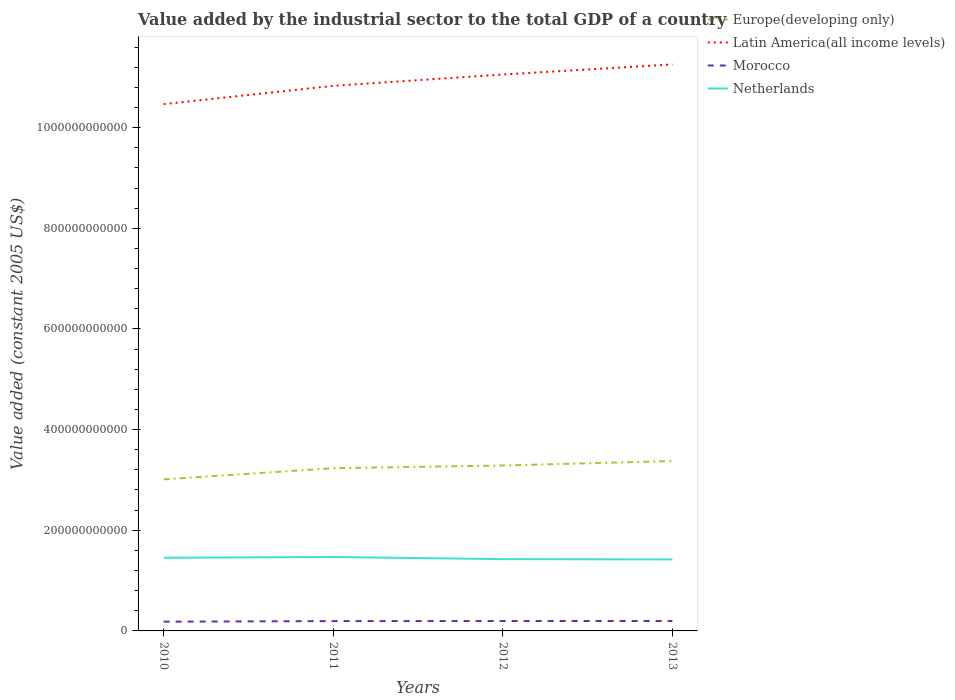
| Years | Europe(developing only) | Latin America(all income levels) | Morocco | Netherlands |
 | --- | --- | --- | --- | --- |
 | 2010 | 3.01e+11 | 1.05e+12 | 1.84e+10 | 1.45e+11 |
 | 2011 | 3.23e+11 | 1.08e+12 | 1.95e+10 | 1.47e+11 |
 | 2012 | 3.29e+11 | 1.11e+12 | 1.97e+10 | 1.43e+11 |
 | 2013 | 3.38e+11 | 1.13e+12 | 1.98e+10 | 1.42e+11 |